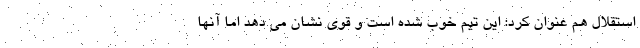
استقلال هم عنوان کرد: این تیم خوب شده است و قوی نشان می دهد اما آنها